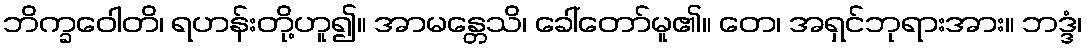
ဘိက္ခဝေါတိ၊ ရဟန်းတို့ဟူ၍။ အာမန္တေသိ၊ ခေါ်တော်မူ၏။ တေ၊ အရှင်ဘုရားအား။ ဘဒ္ဒံ၊